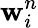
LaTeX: \mathbf{w}_{i}^{n}